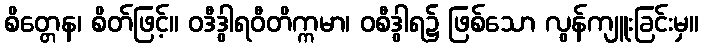
စိတ္တေန၊ စိတ်ဖြင့်။ ဝဒီဒွါရဝီတိက္ကမာ၊ ဝစီဒွါရ၌ ဖြစ်သော လွန်ကျူးခြင်းမှ။